Medical and sanitary report of the native army of Madras for the year
Year: 1876
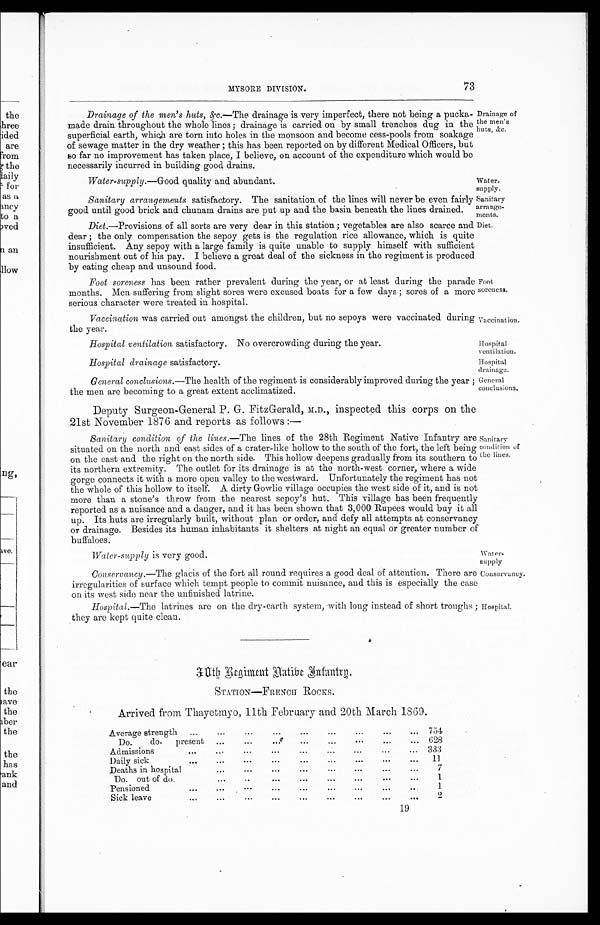
Water-
supply.
Sanitary
arrange-
ments.
Hospital
ventilation.
Hospital
drainage.
Water-
supply
Conservancy.
MYSORE DIVISION.
73
Drainage of the men's huts, &c.—T h e
drainage is very imperfect, there not being a pucka-
made drain throughout the whole lines ; drainage is carried on by small trenches dug in the
superficial earth, which are torn into holes in the monsoon and become cess-pools from soakage
of sewage matter in the dry weather ; this has been reported on by different Medical Officers, but
so far no improvement has taken place, I believe, on account of the expenditure which would be
necessarily incurred in building good drains.
Water-supply.—Good quality and abundant.
Sanitary arrangements satisfactory. The sanitation of the lines will never be even fairly
good until good brick and chunam drains are put up and the basin beneath the lines drained.
Drainage of
the men's
huts, &c.
Diet.—Provisions of all sorts are very dear in this station ; vegetables are also scarce and
dear ; the only compensation the sepoy gets is the regulation rice allowance, which is quite
insufficient. Any sepoy with a large family is quite unable to supply himself with sufficient
nourishment out of his pay. I believe a great deal of the sickness in the regiment is produced
by eating cheap and unsound food.
Foot soreness has been rather prevalent during the year, or at least during the parade
months. Men suffering from slight sores were excused boats for a few days ; sores of a more
serious character were treated in hospital.
Vaccination was carried out amongst the children, but no sepoys were vaccinated during
the year.
Diet.
Foot
soreness.
Vaccination.
Hospital ventilation satisfactory. No overcrowding during the year.
Hospital drainage satisfactory.
General conclusions.—The health of the regiment is considerably improved during the year ;
the men are becoming to a great extent acclimatized.
Deputy Surgeon-General P. G. FitzGerald, M.D., inspected this corps on the
21st November 1876 and. reports as follows :—
Sanitary condition of the lines.—The lines of the 28th Regiment Native Infantry are
situated on the north and east sides of a crater-like hollow to the south of the fort, the left being
on the east and the right on the north side. This hollow deepens gradually from its southern to
its northern extremity. The outlet for its drainage is at the north-west corner, where a wide
gorge connects it with a more open valley to the westward. Unfortunately the regiment has not
the whole of this hollow to itself. A dirty Gowlie village occupies the west side of it, and is not
more than a stone's throw from the nearest sepoy's hut. This village has been frequently
reported as a nuisance and a danger, and it has been shown that 3,000 Rupees would buy it all
up. Its huts are irregularly built, without plan or order, and defy all attempts at conservancy
or drainage. Besides its human inhabitants it shelters at night an equal or greater number of
buffaloes.
Water-supply is very good.
Conservancy.—The glacis of the fort all round requires a good deal of attention. There are
irregularities of surface which tempt people to commit nuisance, and this is especially the case
on its west side near the unfinished latrine.
General
conclusions.
Sanitary
condition of
the lines.
Hospital.— The latrines are on the dry-earth system, with long instead of short troughs ;
they are kept quite clean.
30th Regiment Native Infantry.
STATION—FRENCH ROCKS.
Arrived from Thayetmyo, 11th February and 20th March 1869.
...
Average strength
...
...
...
...
... 754
Do.
do.
present
...
...
...
...
...
...
... 628
Admissions
...
...
...
...
...
...
...
... 333
...
Daily sick
...
...
...
...
...
...
...
...
11
...
Deaths in hospital
...
...
...
...
...
...
...
7
Do. out of do.
...
...
...
...
...
...
1
Pensioned
...
...
...
...
...
...
1
Sick leave
...
...
...
...
...
...
...
...
0
Hospital.
19